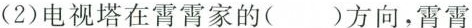
(2)电视塔在霄霄家的( )方向，霄霄